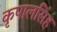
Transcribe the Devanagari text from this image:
कृपालसिंह